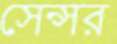
সেন্সর